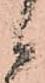
候